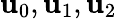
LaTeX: \mathbf{u}_{0},\mathbf{u}_{1},\mathbf{u}_{2}